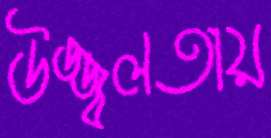
উজ্জ্বলতায়